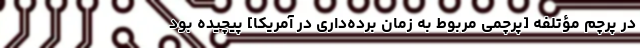
در پرچم مؤتلفه [پرچمی مربوط به زمان برده‌داری در آمریکا] پیچیده بود